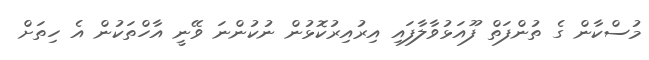
މުސްކާން ގެ ތުންފަތް ފޫއަޅުވާލާފައި އިރުއިރުކޮޅުން ނުކުންނަ ވޭނީ އާހްތަކުން އެ ހިތަށް